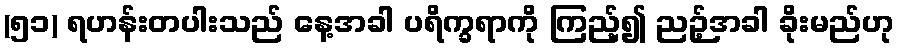
(၅၁) ရဟန်းတပါးသည် နေ့အခါ ပရိက္ခရာကို ကြည့်၍ ညဉ့်အခါ ခိုးမည်ဟု